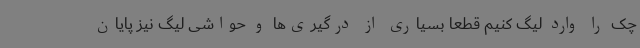
چک را وارد لیگ کنیم قطعا بسیاری از درگیری‌ها و حواشی لیگ نیز پایان